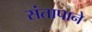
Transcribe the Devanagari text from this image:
संतापाने